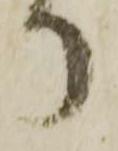
り